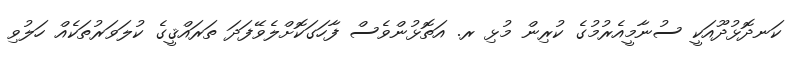
ކަނދޮޅުދޫއަކީ ސުނާމީއެރުމުގެ ކުރިން މުޅި ރ. އަތޮޅުންވެސް ފާހަގަކޮށްލެވޭފަދަ ތަރައްޤީގެ ކުލަވަރުތަކެއް ހަލުވި